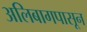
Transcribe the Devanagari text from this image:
अलिबागपासून